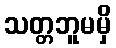
သတ္တဘူမမှိ